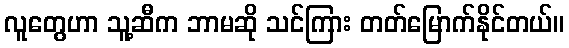
လူတွေဟာ သူ့ဆီက ဘာမဆို သင်ကြား တတ်မြောက်နိုင်တယ်။